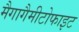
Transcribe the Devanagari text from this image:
मैगागैमीटोफाइट